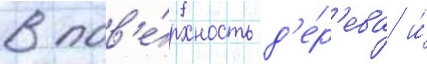
в пов'е́рхность д'е́р'ева и́